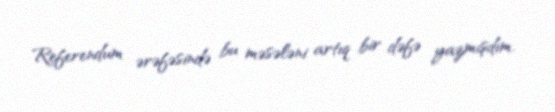
Referendum ərəfəsində bu məsələni artıq bir dəfə yazmışdım.